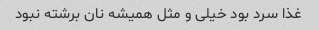
غذا سرد بود خیلی و مثل همیشه نان برشته نبود